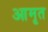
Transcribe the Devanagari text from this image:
आमृत